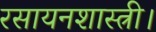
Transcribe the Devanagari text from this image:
रसायनशास्त्री।